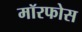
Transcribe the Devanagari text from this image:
मॉरफोस